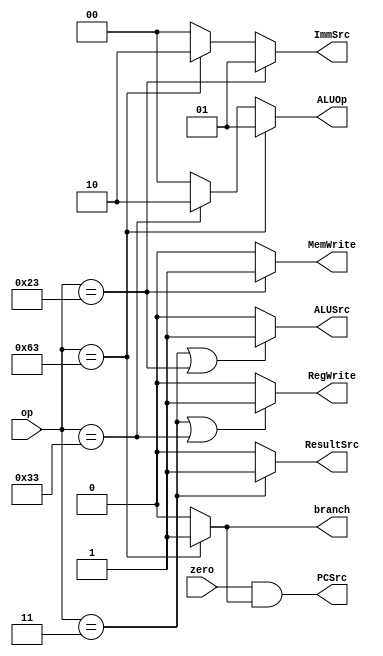
module contro_main_decoder(op,zero,RegWrite,MemWrite,ResultSrc,ALUSrc,ImmSrc,ALUOp,PCSrc,branch);

input zero;
input [6:0] op;
output RegWrite, MemWrite, ResultSrc, ALUSrc, PCSrc,branch;
output [1:0] ImmSrc, ALUOp;

//wire branch;

assign RegWrite = ((op == 7'b0000011) | (op == 7'b0110011)) ? 1'b1 : 1'b0;   //in OR operation either of the euation 1 ans will be 1
assign MemWrite = (op == 7'b0100011) ? 1'b1 : 1'b0;
assign ResultSrc = (op == 7'b0000011) ? 1'b1 : 1'b0;
assign ALUSrc = ((op == 7'b0000011) | (op == 7'b0100011)) ? 1'b1 : 1'b0;
assign branch = (op == 7'b1100011) ? 1'b1 : 1'b0;

assign ImmSrc = (op == 7'b0100011) ? 2'b01 : (op == 7'b1100011) ? 2'b10 : 2'b00;
assign ALUOp = (op == 7'b1100011) ? 2'b01 : (op == 7'b0110011) ? 2'b10 : 2'b00;

assign PCSrc = zero & branch;
endmodule